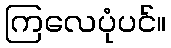
ကြလေပုံပင်။